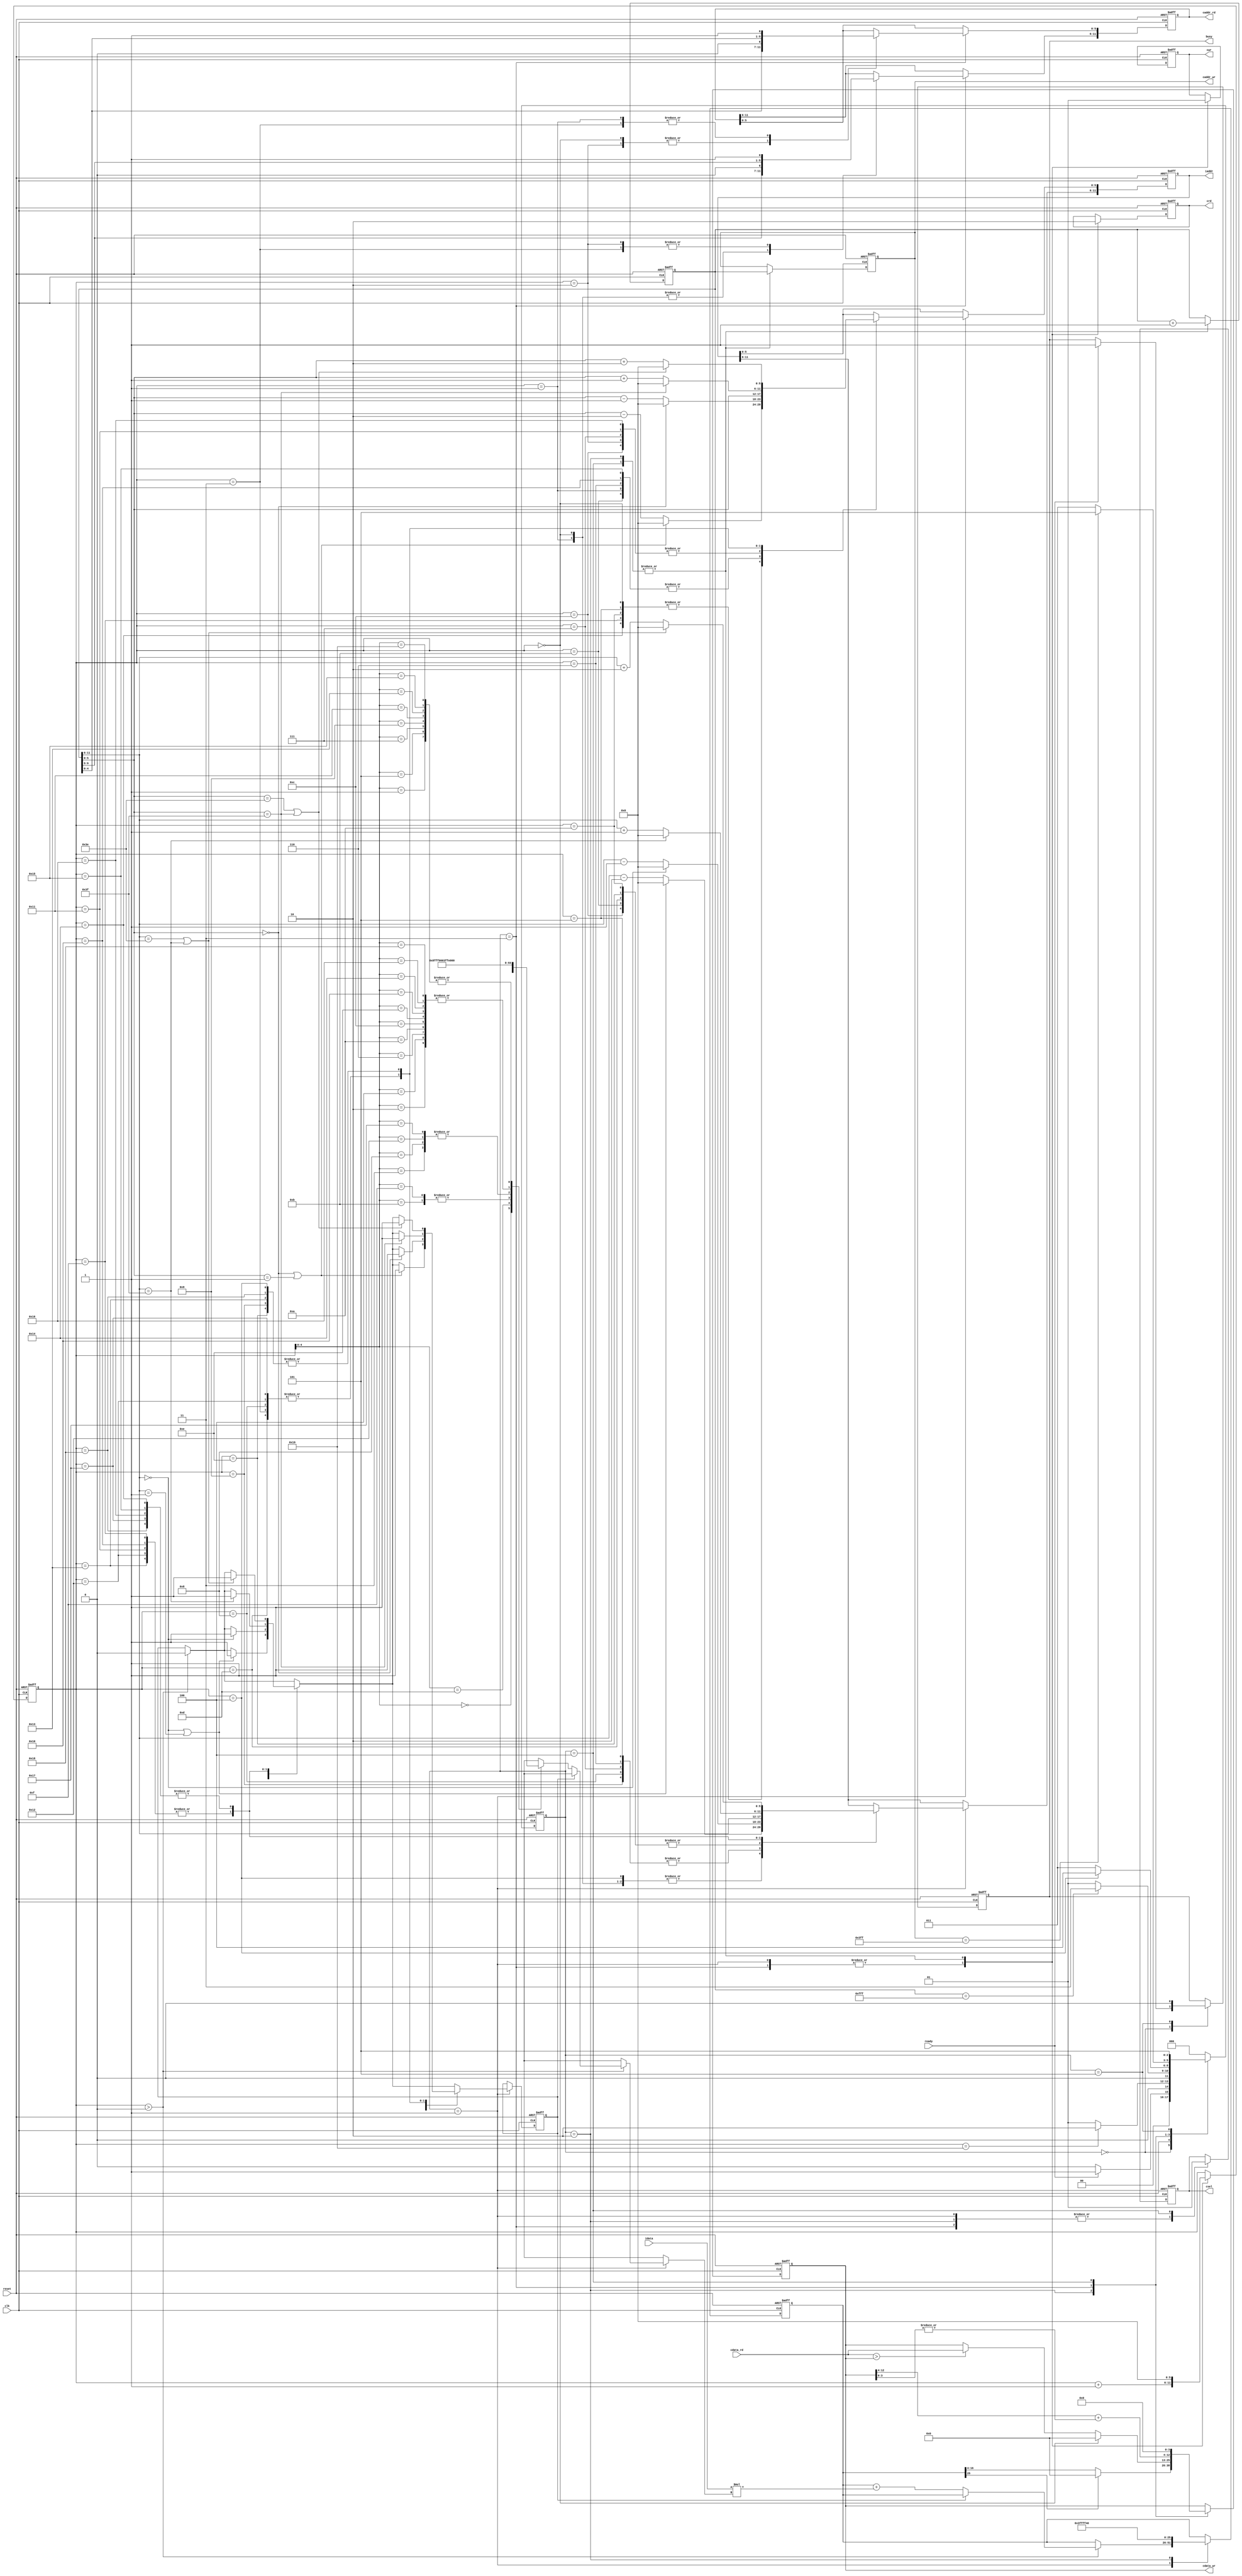
`timescale 1ns/10ps
module  CONV5x5(
	input		clk,
	input		reset,
	output	reg	busy,	
	input		ready,	
			
	output reg	[11:0]	iaddr,
	input signed [12:0]	idata,
	
	output	reg 	cwr,
	output  reg	[11:0]	caddr_wr,
	output reg 	[12:0] 	cdata_wr,
	output	reg 	crd,
	output reg	[11:0] 	caddr_rd,
	input 	[12:0] 	cdata_rd,
	output reg 	csel
	);


//-----Your design-----//
//state param
localparam INIT = 0;
localparam ATCONV_9PIXELS = 1;
localparam LAYER0_WRITERELU = 2;
localparam MAXPOOL_4PIXELS = 3;
localparam LAYER1_WRITECEILING = 4;
localparam FINISH = 5;

//kernel & bias
wire signed [12:0] kernel [1:25];
assign kernel[1] = 13'h0001; assign kernel[2] = 13'h1FFF; assign kernel[3] = 13'h0000; assign kernel[4] = 13'h1FFF; assign kernel[5] = 13'h0001;
assign kernel[6] = 13'h1FFF; assign kernel[7] = 13'h0001; assign kernel[8] = 13'h0000; assign kernel[9] = 13'h0001; assign kernel[10] = 13'h1FFF; 
assign kernel[11] = 13'h1FFE; assign kernel[12] = 13'h1FFF; assign kernel[13] = 13'h0008; assign kernel[14] = 13'h1FFF; assign kernel[15] = 13'h1FFE; 
assign kernel[16] = 13'h1FFF; assign kernel[17] = 13'h0001; assign kernel[18] = 13'h0000; assign kernel[19] = 13'h0001; assign kernel[20] = 13'h1FFF; 
assign kernel[21] = 13'h0001; assign kernel[22] = 13'h1FFF; assign kernel[23] = 13'h0000; assign kernel[24] = 13'h1FFF; assign kernel[25] = 13'h0001;

wire signed [12:0] bias;
assign bias = 13'h1FF4;

//regs
reg [2:0] state, nextState;
reg [11:0] center; // Coordinate (row, column) = (center[11:6], center[5:0])
reg [5:0] counter; 
reg signed [25:0] convSum; // {mul_integer(18bits), mul_fraction(8bits)}
reg boom;

//constant param
localparam LENGTH = 6'd63;
localparam ZERO = 6'd0; 

//wire constants
wire [5:0] cx_add1,cx_minus1,cy_add1,cy_minus1;
wire [5:0] cx_add2,cx_minus2,cy_add2,cy_minus2;

assign cy_add1 = center[11:6] + 6'd1;
assign cy_minus1 = center[11:6] - 6'd1;
assign cx_add1 = center[5:0] + 6'd1 ;
assign cx_minus1 = center[5:0] - 6'd1;

assign cy_add2 = center[11:6] + 6'd2;
assign cy_minus2 = center[11:6] - 6'd2;
assign cx_add2 = center[5:0] + 6'd2 ;
assign cx_minus2 = center[5:0] - 6'd2;

//state ctrl
always @(posedge clk or posedge reset) begin
	if(reset) state <= INIT;
	else state <= nextState;
end

//next state logic
always @(*) begin
	case (state)
		INIT: nextState = (ready)? ATCONV_9PIXELS : INIT;
		ATCONV_9PIXELS: nextState = (counter == 6'd25)? LAYER0_WRITERELU : ATCONV_9PIXELS;
		LAYER0_WRITERELU: nextState = (center == 12'd4095)? MAXPOOL_4PIXELS : ATCONV_9PIXELS;
		MAXPOOL_4PIXELS: nextState = (counter == 6'd4)? LAYER1_WRITECEILING : MAXPOOL_4PIXELS;
		LAYER1_WRITECEILING: nextState = (caddr_wr == 12'd1023)? FINISH : MAXPOOL_4PIXELS; 
		FINISH: nextState = FINISH;
		default: nextState = INIT;
	endcase
end

//main sequential circuit
always @(posedge clk or posedge reset) begin
	if (reset) begin
		busy <= 1'd0;
		iaddr <= 12'd0;
		cwr <= 1'd0;
		caddr_wr <= 12'd0;
		cdata_wr <= 13'd0;
		crd <= 1'd1;
		caddr_rd <= 12'd0;
		csel <= 1'd0;

		center <= {6'd0 , 6'd0};
		counter <= 6'd0;
		convSum <= {{9{1'b1}}, bias, 4'd0}; // Sign extension
		boom <= 0;
	end
	else begin
		case (state)
			INIT:begin
				if (ready) begin
					busy <= 1'd1;
				end
			end

			ATCONV_9PIXELS:begin
				csel <= 1'd0;
				crd <= 1'd1;
				cwr <= 1'd0;

				// use the pixel get and conv with corresponding kernel ( counter==0 means no pixel get yet )
				if(counter > 6'd0) begin		
					if(boom)begin
						convSum <= convSum;
						boom <= 0;
					end
					else begin
						convSum <= convSum + idata*kernel[counter];
					end
				end
				counter <= counter + 6'd1;
				
				// request the next corresponding pixel for Atrous convolution
				case (counter) // -> for y axis	(row)
					0,1,2,3,4: begin
						if((center[11:6] == 6'd0) || (center[11:6] == 6'd1)) begin
							iaddr[11:6] <= ZERO; boom <= 1;
						end
						else iaddr[11:6] <= cy_minus2;
					end
					5,6,7,8,9: begin
						if(center[11:6] == 6'd0) begin							                                   
							iaddr[11:6] <= ZERO; boom <= 1;
						end
						else iaddr[11:6] <= cy_minus1;
					end
					10,11,12,13,14: iaddr[11:6] <= center[11:6];
					15,16,17,18,19: begin
						if(center[11:6] == LENGTH) begin
							iaddr[11:6] <= ZERO;  boom <= 1;
						end
						else iaddr[11:6] <= cy_add1;
					end
					20,21,22,23,24: begin
						if((center[11:6] == LENGTH - 6'd1) || (center[11:6] == LENGTH))begin
							iaddr[11:6] <= ZERO; boom <= 1;
						end
						else iaddr[11:6] <= cy_add2;
					end
				endcase

				case (counter) // -> for x axis	(column)									
					0,5,10,15,20: begin
						if((center[5:0] == 6'd0) || (center[5:0] == 6'd1)) begin
							iaddr[5:0] <= ZERO;	boom <= 1;
						end
						else iaddr[5:0] <= cx_minus2;
					end
					1,6,11,16,21: begin
						if(center[5:0] == 6'd0) begin
							iaddr[5:0] <= ZERO;	boom <= 1;
						end
						else iaddr[5:0] <= cx_minus1;
					end
					2,7,12,17,22: iaddr[5:0] <= center[5:0];	
					3,8,13,18,23: begin
						if(center[5:0] == LENGTH) begin
							iaddr[5:0] <= ZERO; boom <= 1;
						end
						else iaddr[5:0] <= cx_add1;
					end
					4,9,14,19,24: begin
						if((center[5:0] == LENGTH - 6'd1) || (center[5:0] == LENGTH)) begin
							iaddr[5:0] <= ZERO; boom <= 1;
						end
						else iaddr[5:0] <= cx_add2;
					end
				endcase
			end

			LAYER0_WRITERELU: begin
				csel <= 1'd0;
				crd <= 1'd0;
				cwr <= 1'd1;
				caddr_wr <= center;
				cdata_wr <= (convSum[25])? 13'd0 : convSum[16:4]; // ReLU
				// init the convSum and center --> kernel move to the next center and ready for atrous convolution
				convSum <= {{9{1'b1}}, bias, 4'd0};
				center <= center + 12'd1;
				counter <= 6'd0;
			end

			MAXPOOL_4PIXELS: begin
				csel <= 1'd0;
				crd <= 1'd1;
				cwr <= 1'd0;

				// counter==0 means this cycle would send request for 1st pixel value, else comparison starts
				if (counter==0) begin
					cdata_wr <= 13'd0;
				end
				else if (cdata_rd > cdata_wr) begin 
					cdata_wr <= cdata_rd;
				end
				counter <= counter + 6'd1;

				// request the corresponding address' pixel value 
				case(counter) // -> for y axis	(row)
					0,1: caddr_rd[11:6] <= {center[9:5], 1'd0};
					2,3: caddr_rd[11:6] <= {center[9:5], 1'd1};
				endcase

				case(counter) // -> for x axis	(column)
					0,2: caddr_rd[5:0] <= {center[4:0], 1'd0};
					1,3: caddr_rd[5:0] <= {center[4:0], 1'd1};
				endcase
			end

			LAYER1_WRITECEILING: begin
				csel <= 1'd1;
				crd <= 1'd0;
				cwr <= 1'd1;
				caddr_wr <= center;
				cdata_wr <= { cdata_wr[12:4] + {8'd0,|cdata_wr[3:0]} , 4'd0 }; // Round up
				// init for next center -> kernel move to the next center
				center <= center + 12'd1; 
				counter <= 6'd0;
			end

			FINISH: begin
				busy <= 1'd0;
			end

		endcase
	end
end

endmodule